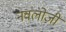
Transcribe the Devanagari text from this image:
नवलोजी